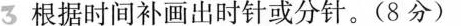
根据时间补画出时针或分针。(8分)